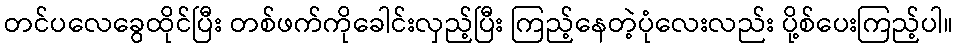
တင်ပလေခွေထိုင်ပြီး တစ်ဖက်ကိုခေါင်းလှည့်ပြီး ကြည့်နေတဲ့ပုံလေးလည်း ပို့စ်ပေးကြည့်ပါ။